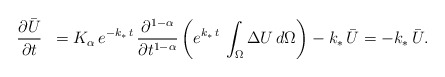
\begin{align*}\begin{array}{ll}\displaystyle \frac{\partial \bar{U}}{\partial t} & \displaystyle = K_{\alpha}\,e^{-k_\ast\,t}\,\frac{\partial^{1-\alpha}}{\partial t^{1-\alpha}}\left(e^{k_\ast\,t}\,\int_{\Omega}\Delta U\,d\Omega\right) - k_\ast\,\bar{U}= - k_\ast\,\bar{U}.\end{array}\end{align*}